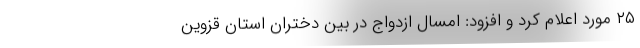
۲۵ مورد اعلام کرد و افزود: امسال ازدواج در بین دختران استان قزوین